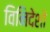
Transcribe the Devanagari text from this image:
विनिदेशों